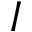
I